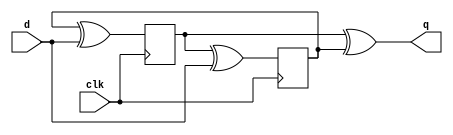
module top_module (
    input clk,
    input d,
    output q
);
    reg q1,q2;
    always @ (posedge clk) begin
    	q1 <= q2^d; 
    end
    
    always @ (negedge clk) begin
    	q2 <= q1^d; 
    end
    
    assign q = q1^q2; 
endmodule